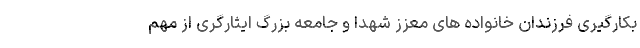
بکارگیری فرزندان خانواده های معزز شهدا و جامعه بزرگ ایثارگری از مهم